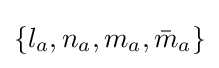
\{l_{a},n_{a},m_{a},{\bar {m}}_{a}\}